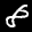
Label: 8